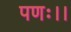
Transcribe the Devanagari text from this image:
पणः।।